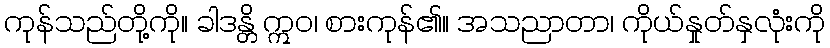
ကုန်သည်တို့ကို။ ခါဒန္တိ ဣဝ၊ စားကုန်၏။ အသညာတာ၊ ကိုယ်နှုတ်နှလုံးကို